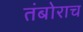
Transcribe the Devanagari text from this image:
तंबोराच